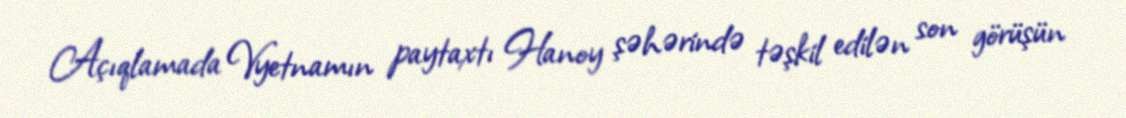
Açıqlamada Vyetnamın paytaxtı Hanoy şəhərində təşkil edilən son görüşün